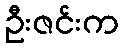
ဦးဇင်းက